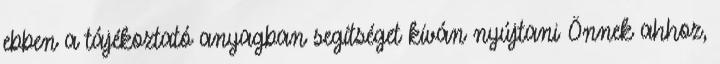
ebben a tájékoztató anyagban segítséget kíván nyújtani Önnek ahhoz,